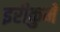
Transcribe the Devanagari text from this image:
इरीकुमे